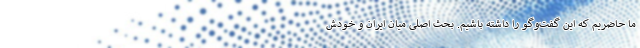
ما حاضریم که این گفت‌وگو را داشته باشیم. بحث اصلی میان ایران و خودش